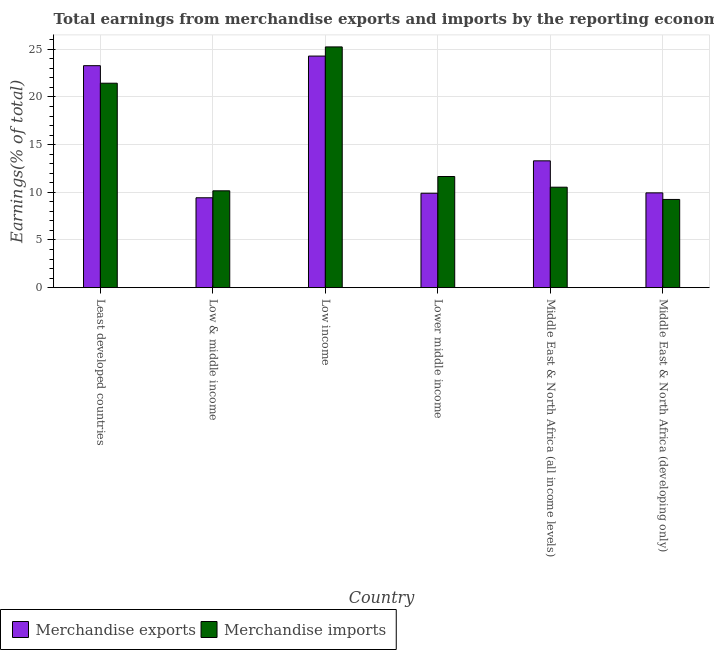
| Country | Merchandise exports | Merchandise imports |
 | --- | --- | --- |
 | Least developed countries | 23.3 | 21.4 |
 | Low & middle income | 9.43 | 10.2 |
 | Low income | 24.3 | 25.2 |
 | Lower middle income | 9.9 | 11.7 |
 | Middle East & North Africa (all income levels) | 13.3 | 10.5 |
 | Middle East & North Africa (developing only) | 9.94 | 9.25 |